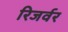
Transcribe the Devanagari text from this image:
रिजर्वर